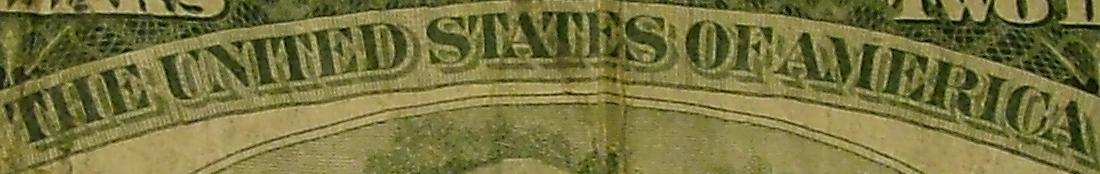
THE UNITED STATES OF AMERICA